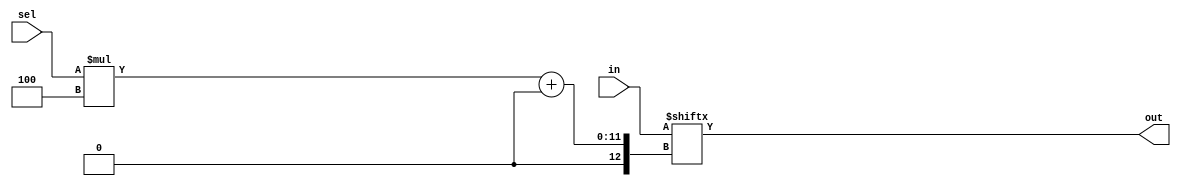
module top_module( 
    input [1023:0] in,
    input [7:0] sel,
    output [3:0] out );
    
    integer range;
    always @(*)
        begin
            range = sel;
            out = in[sel*4 +:4];
        end
endmodule